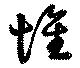
堆